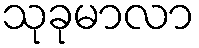
သုခုမာလာ